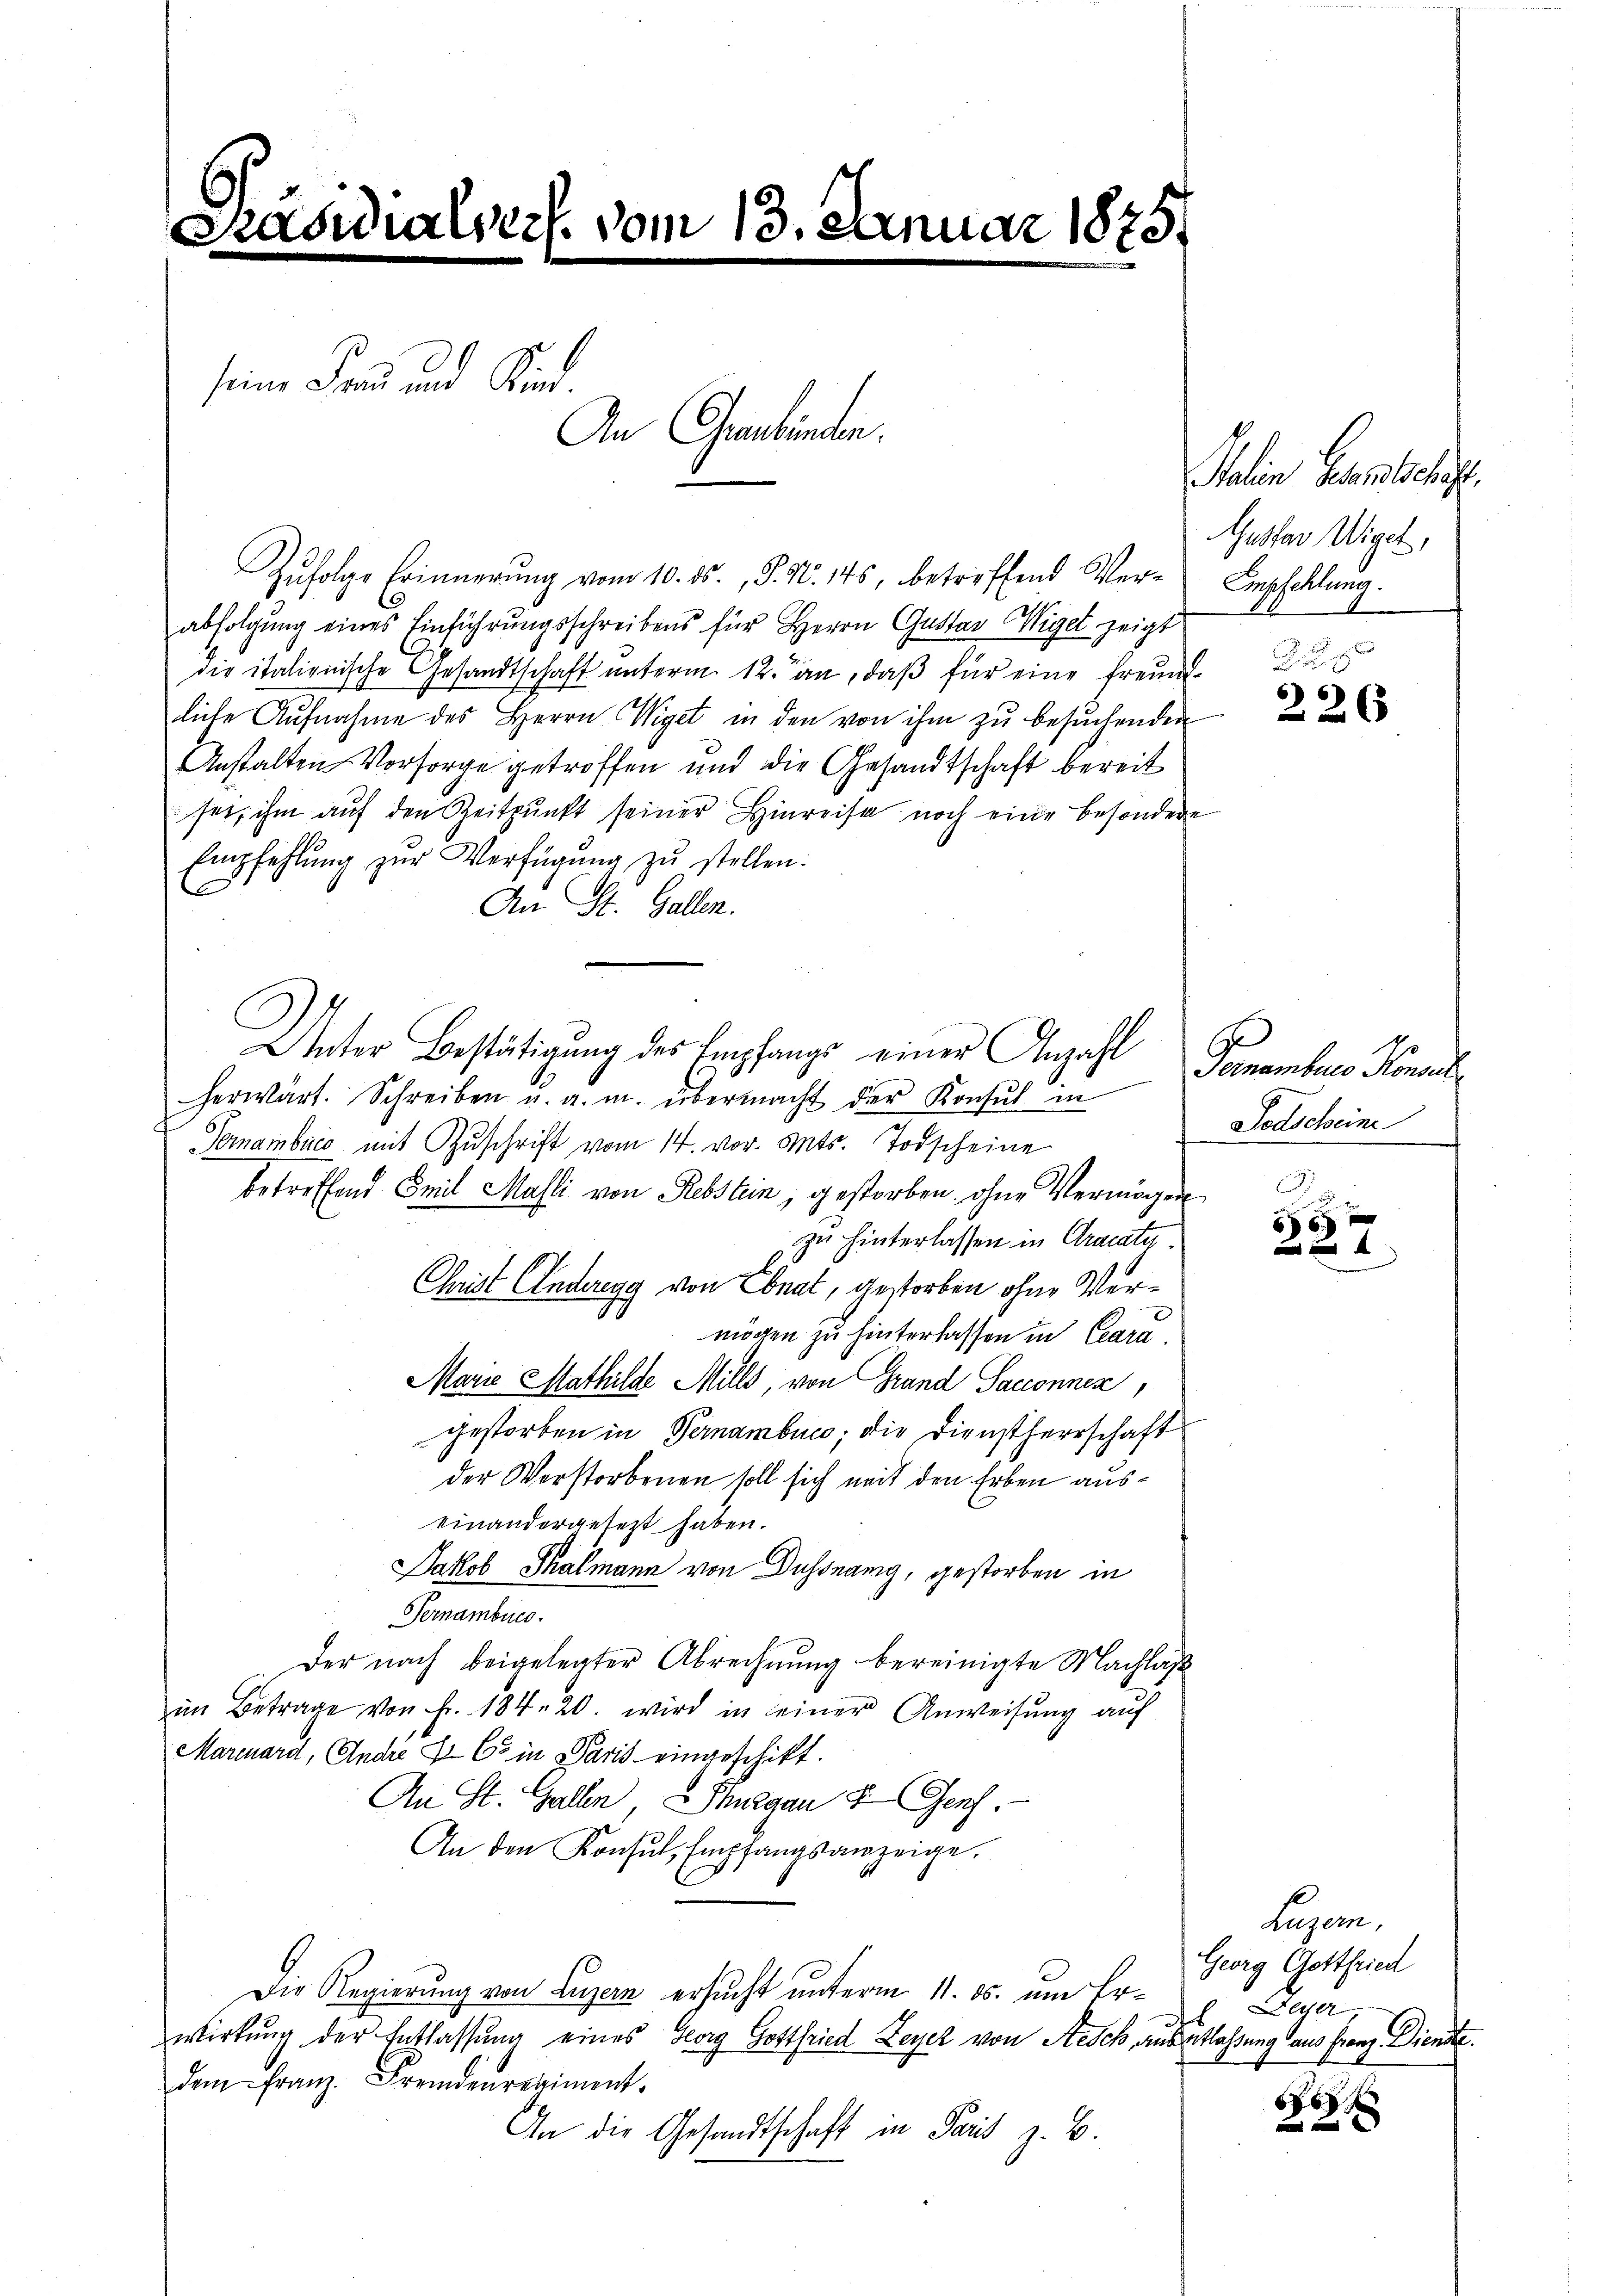
Präsidialverf. vom 13. Januar 1875.

seine Frau und Kind.
An Graubünden.

Zŭfolge Erinnerung vom 10. ds., S. N. 145, betreffend Ver- Empfehlung.
abfolgung eines Einführungsschreibens für Herrn Gustav Wiget zeigt
die italienische Gesandtschaft unterm 12. an, daß für eine Freundliche Aufnahme des Herrn Wiget in den von ihm zu besuchenden
Anstalten Vorsorge getroffen und die Gesandtschaft bereit
sei, ihm auf den Zeitpunkt seiner Hinreise noch eine besondere
Empfehlŭng zŭr Verfügung zŭ stellen.
An St. Gallen.
Unter Bestätigung des Empfangs einer Anzahl
herwärt. Schreiben u. a. m. übermacht der Konsul in
Terambica mit Zuschrift vom 14. vor. Mts. Todscheine
betreffend Emil Masli von Rebstein, gestorben, ohne Vermögen
zu hinterlassen in Cracatu
Christ Anderegg von Ebnat, gestorben ohne Vermögen zu hinterlassen in Clara
Marie Mathilde Mills, von Grand Sacconnen,
gestorben in Vernamben; die Dienstherrschaft
der Verstorbenen soll sich weit den Erben auseinandergesetzt haben.
Jakob Thalmann von Dussnang, gestorben in
Fernambucs.
Der nach beigelegter Abrechnung bereinigte Nachläß
im Betrage von Fr. 184. 20. wird in seiner Anweisung auf
Marcuard, Andre X C in Paris eingeschikt.
An St. Gallen Thurgau & Genf.
An den Konsŭl, Empfangsanzeige.
E
Die Regierung von Luzern ersucht unterm 11. ds. um Erwirkung der Entlassung eines Georg Gottfried Feyer von Aesch, aus Estlaßung aus franz. Dienste.
dem Franz. Fremdenregiment.
An die Gesandtschaft in Paris z. B.

Italin sehenschaft.
Gustav Wiget,

5
226

Teinamburg Konsul
Todschein

6
4

Luzern,
Georg Gottfried
Depar

B
x